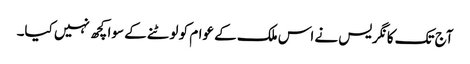
آج تک کانگریس نے اس ملک کے عوام کو لوٹنے کے سوا کچھ نہیں کیا۔